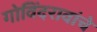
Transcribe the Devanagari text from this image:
गोविंदरावांचे